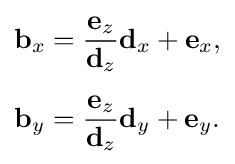
{\begin{aligned}\mathbf {b} _{x}&={\frac {\mathbf {e} _{z}}{\mathbf {d} _{z}}}\mathbf {d} _{x}+\mathbf {e} _{x},\\[5pt]\mathbf {b} _{y}&={\frac {\mathbf {e} _{z}}{\mathbf {d} _{z}}}\mathbf {d} _{y}+\mathbf {e} _{y}.\end{aligned}}